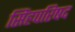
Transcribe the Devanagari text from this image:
सिंहपरिषद